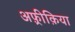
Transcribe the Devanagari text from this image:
अफ़्रीक़िया